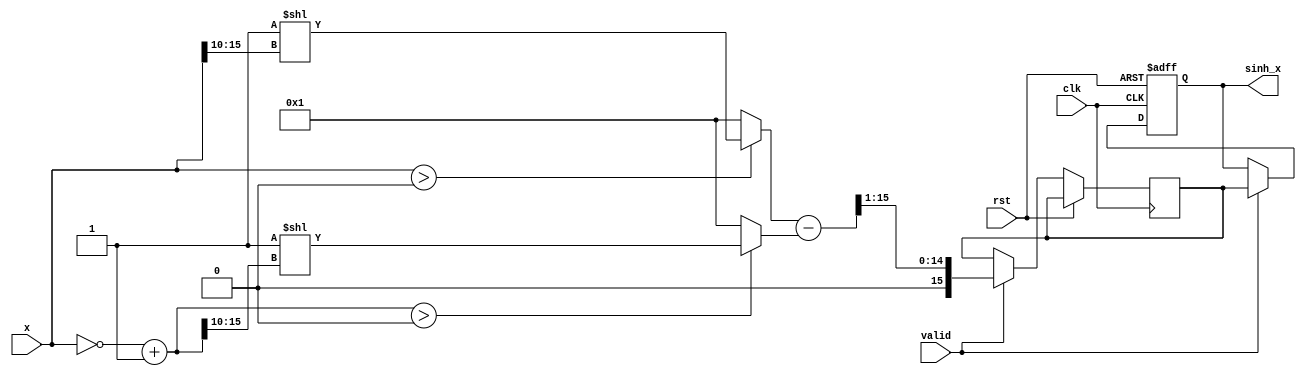
module sinh_block (
    input wire clk,
    input wire rst,
    input wire [15:0] x, // Input: Fixed-point representation of x
    input wire valid,     // Signal to indicate valid input
    output reg [15:0] sinh_x // Output: Fixed-point representation of sinh(x)
);

// Internal signals
wire [15:0] exp_x;       // e^x
wire [15:0] exp_neg_x;   // e^(-x)
wire [15:0] exp_diff;    // e^x - e^(-x)
reg [15:0] div_result;    // Result of (e^x - e^(-x)) / 2

// Exponential function block (behavioral model, replace with actual implementation)
function [15:0] exp_func(input [15:0] value);
    // This is a simple approximation for demonstration
    // You can implement a more accurate exponential function here
    exp_func = (value > 16'h0000) ? (16'h0001 << value[15:10]) : 16'h0001; // Simple approximation for e^x
endfunction

// Compute e^x and e^(-x)
assign exp_x = exp_func(x);
assign exp_neg_x = exp_func(~x + 1'b1); // e^(-x) can be calculated by negating x

// Compute e^x - e^(-x)
assign exp_diff = exp_x - exp_neg_x;

// Division by 2
always @(posedge clk or posedge rst) begin
    if (rst) begin
        sinh_x <= 16'h0000; // Reset output
    end else if (valid) begin
        div_result <= exp_diff >> 1; // Divide by 2 using right shift
        sinh_x <= div_result; // Store result
    end
end

endmodule